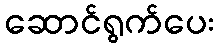
ဆောင်ရွက်ပေး